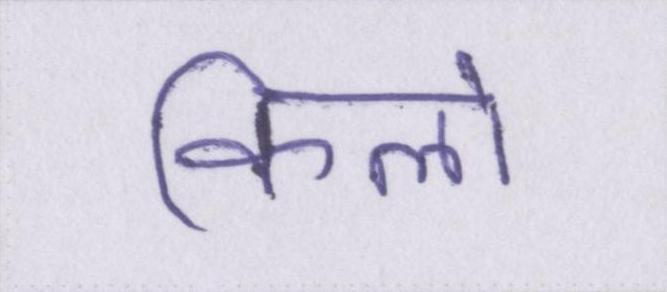
किलो